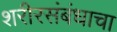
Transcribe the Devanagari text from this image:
शरीरसंबंधाचा